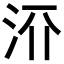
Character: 𬇝